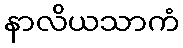
နာလိယသာကံ